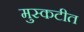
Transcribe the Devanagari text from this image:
मुस्कटीत